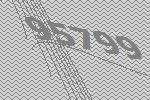
95799